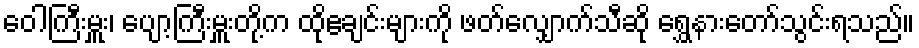
ဝေါကြီးမှူး၊ ပျော့ကြီးမှူးတို့က ထိုဧချင်းများကို ဖတ်လျှောက်သီဆို ရွှေနားတော်သွင်းရသည်။